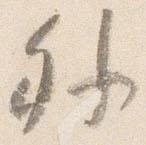
外